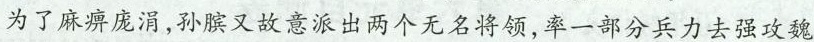
为了麻痹庞涓，孙膑又故意派出两个无名将领，率一部分兵力去强攻魏